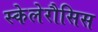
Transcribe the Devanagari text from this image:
स्केलेरौसिस